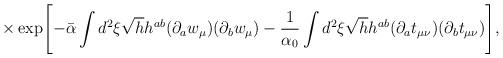
LaTeX: \begin{align*}\times \exp\Biggl[-\bar\alpha\int d^2\xi \sqrt{h} h^{ab} (\partial_a w_\mu)(\partial_b w_\mu)-\frac{1}{\alpha_0}\int d^2\xi \sqrt{h}h^{ab}(\partial_a t_{\mu\nu})(\partial_b t_{\mu\nu})\Biggr],\end{align*}